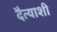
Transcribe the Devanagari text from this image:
दैत्याशी